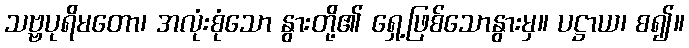
သဗ္ဗပုရိမတော၊ အလုံးစုံသော နွားတို့၏ ရှေ့ဖြစ်သောနွားမှ။ ပဋ္ဌာယ၊ စ၍။